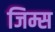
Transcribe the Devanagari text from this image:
जिम्स